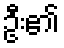
ဦး၏